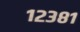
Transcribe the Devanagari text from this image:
१२३८१